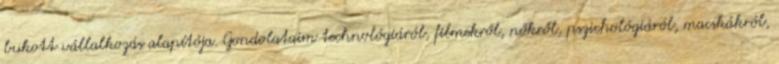
bukott vállalkozás alapítója. Gondolataim technológiáról, filmekről, nőkről, pszichológiáról, macskákról,